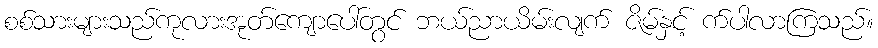
စစ်သားများသည်ကုလားအုတ်ကျောပေါ်တွင် ဘယ်ညာယိမ်းလျက် ဇိမ်နှင့် က်ပါလာကြသည်။